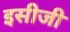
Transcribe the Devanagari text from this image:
इसीजी